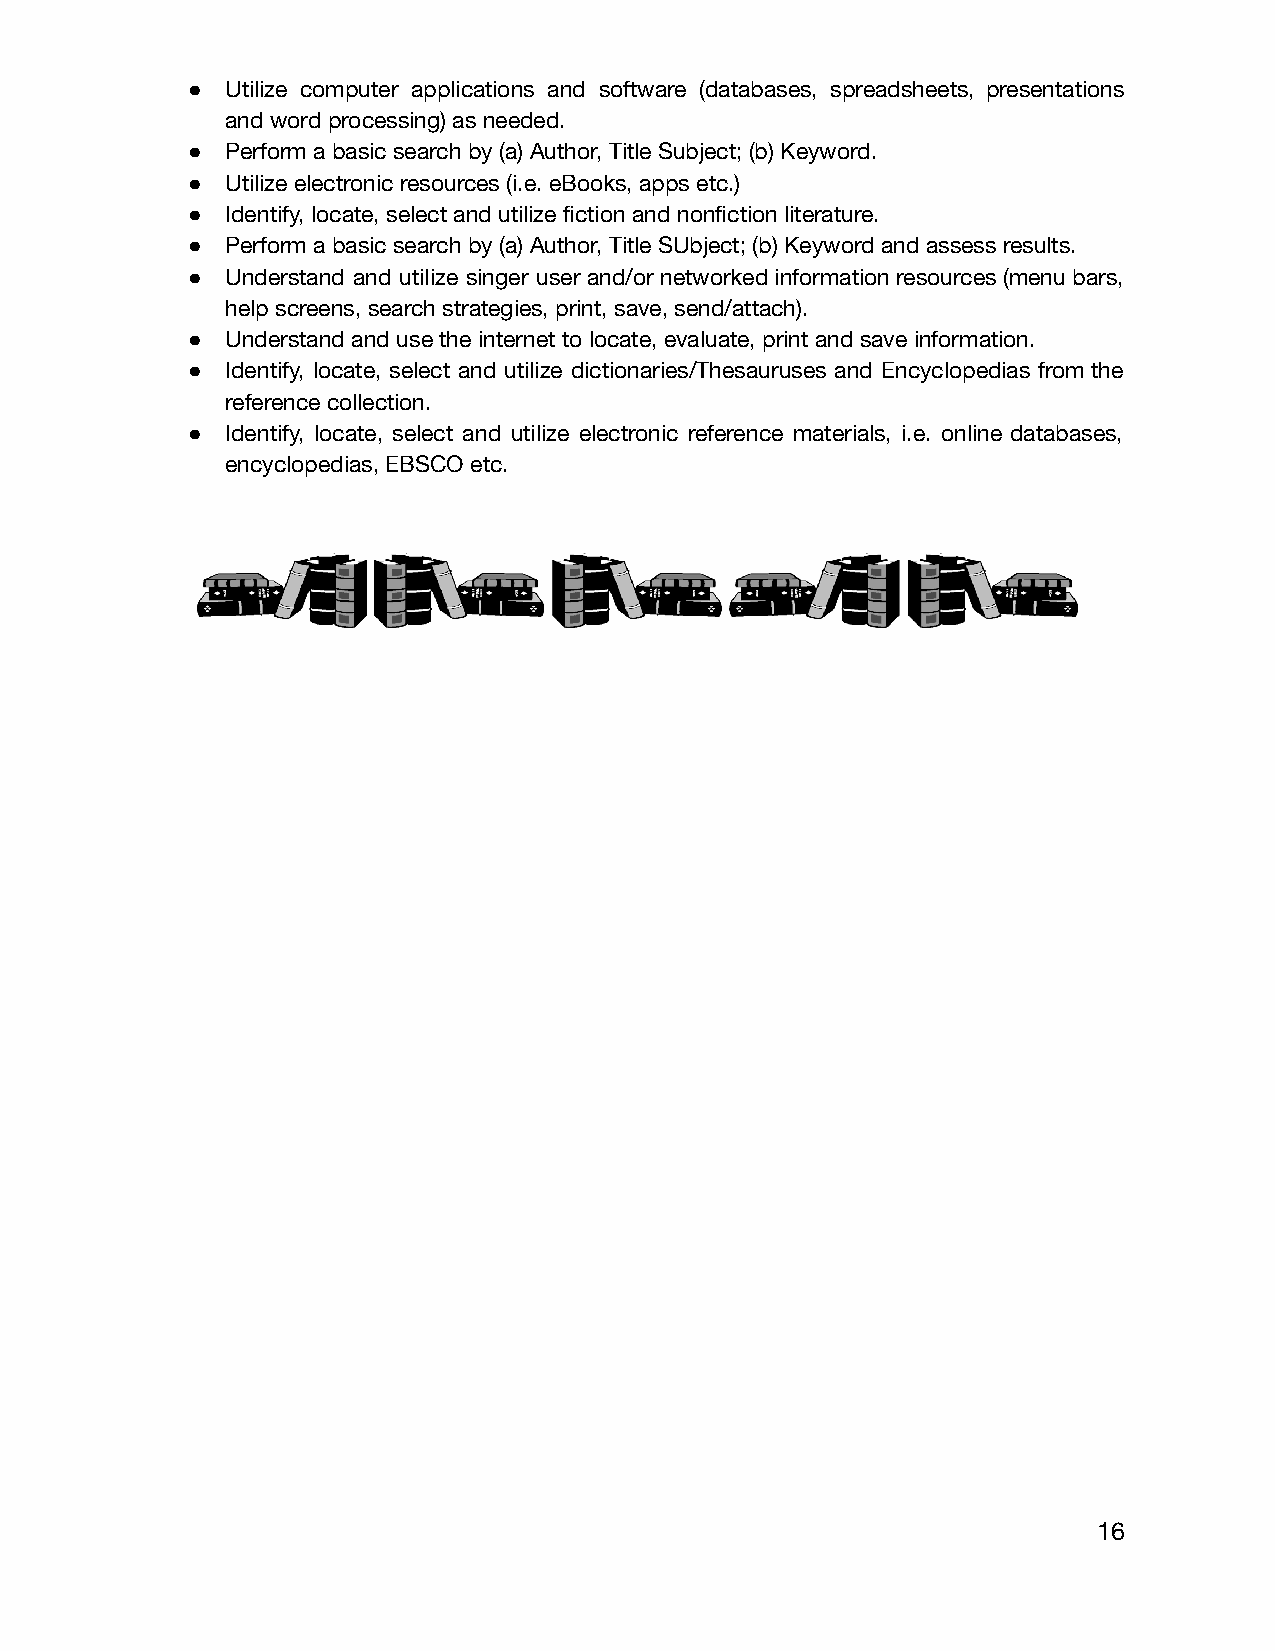
●  Utilize computer applications and software (databases, spreadsheets, presentations
 and word processing) as needed.
 ●  Perform a basic search by (a) Author, Title Subject; (b) Keyword.
 ●  Utilize electronic resources (i.e. eBooks, apps etc.)
 ●  Identify, locate, select and utilize fiction and nonfiction literature.
 ●  Perform a basic search by (a) Author, Title SUbject; (b) Keyword and assess results.
 ●  Understand and utilize singer user and/or networked information resources (menu bars,
 help screens, search strategies, print, save, send/attach).
 ●  Understand and use the internet to locate, evaluate, print and save information.
 ●  Identify, locate, select and utilize dictionaries/Thesauruses and Encyclopedias from the
 reference collection.
 ●  Identify, locate, select and utilize electronic reference materials, i.e. online databases,
 encyclopedias, EBSCO etc.
 16